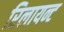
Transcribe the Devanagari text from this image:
रिलायन्ट